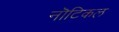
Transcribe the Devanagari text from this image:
नॊटिकल